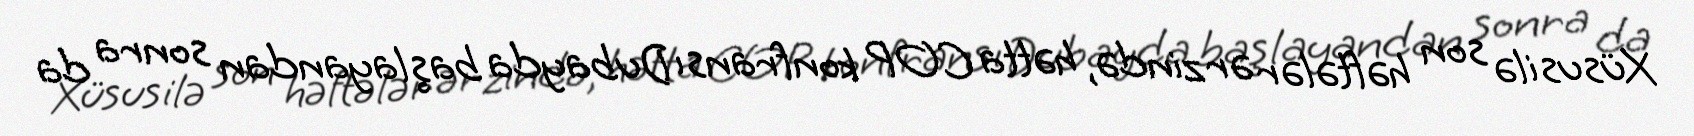
Xüsusilə son həftələr ərzində, hətta COP konfransı Dubayda başlayandan sonra da